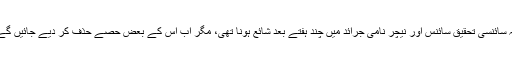
یہ سائنسی تحقیق سائنس اور نیچر نامی جرائد میں چند ہفتے بعد شائع ہونا تھی، مگر اب اس کے بعض حصے حذف کر دیے جائیں گے۔